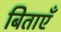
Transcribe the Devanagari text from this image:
बिताएँ